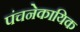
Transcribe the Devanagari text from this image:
पंचनेकायिक